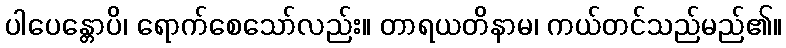
ပါပေန္တောပိ၊ ရောက်စေသော်လည်း။ တာရယတိနာမ၊ ကယ်တင်သည်မည်၏။